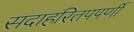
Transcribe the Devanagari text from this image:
सदाहरितपपर्णी